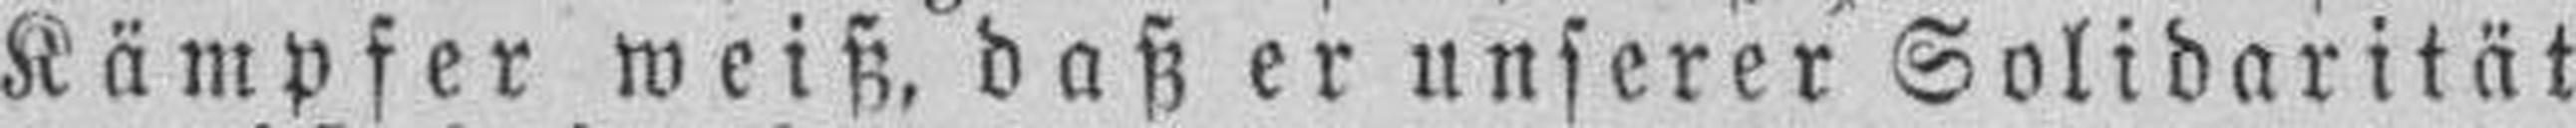
Kämpfer weiß, daß er unserer Solidarität